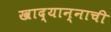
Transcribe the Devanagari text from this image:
खाद्यान्नाची